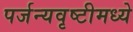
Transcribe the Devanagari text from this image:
पर्जन्यवृष्टीमध्ये